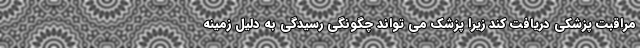
مراقبت پزشکی دریافت کند زیرا پزشک می تواند چگونگی رسیدگی به دلیل زمینه